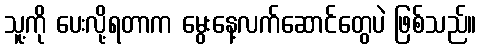
သူ့ကို ပေးလို့ရတာက မွေးနေ့လက်ဆောင်တွေပဲ ဖြစ်သည်။